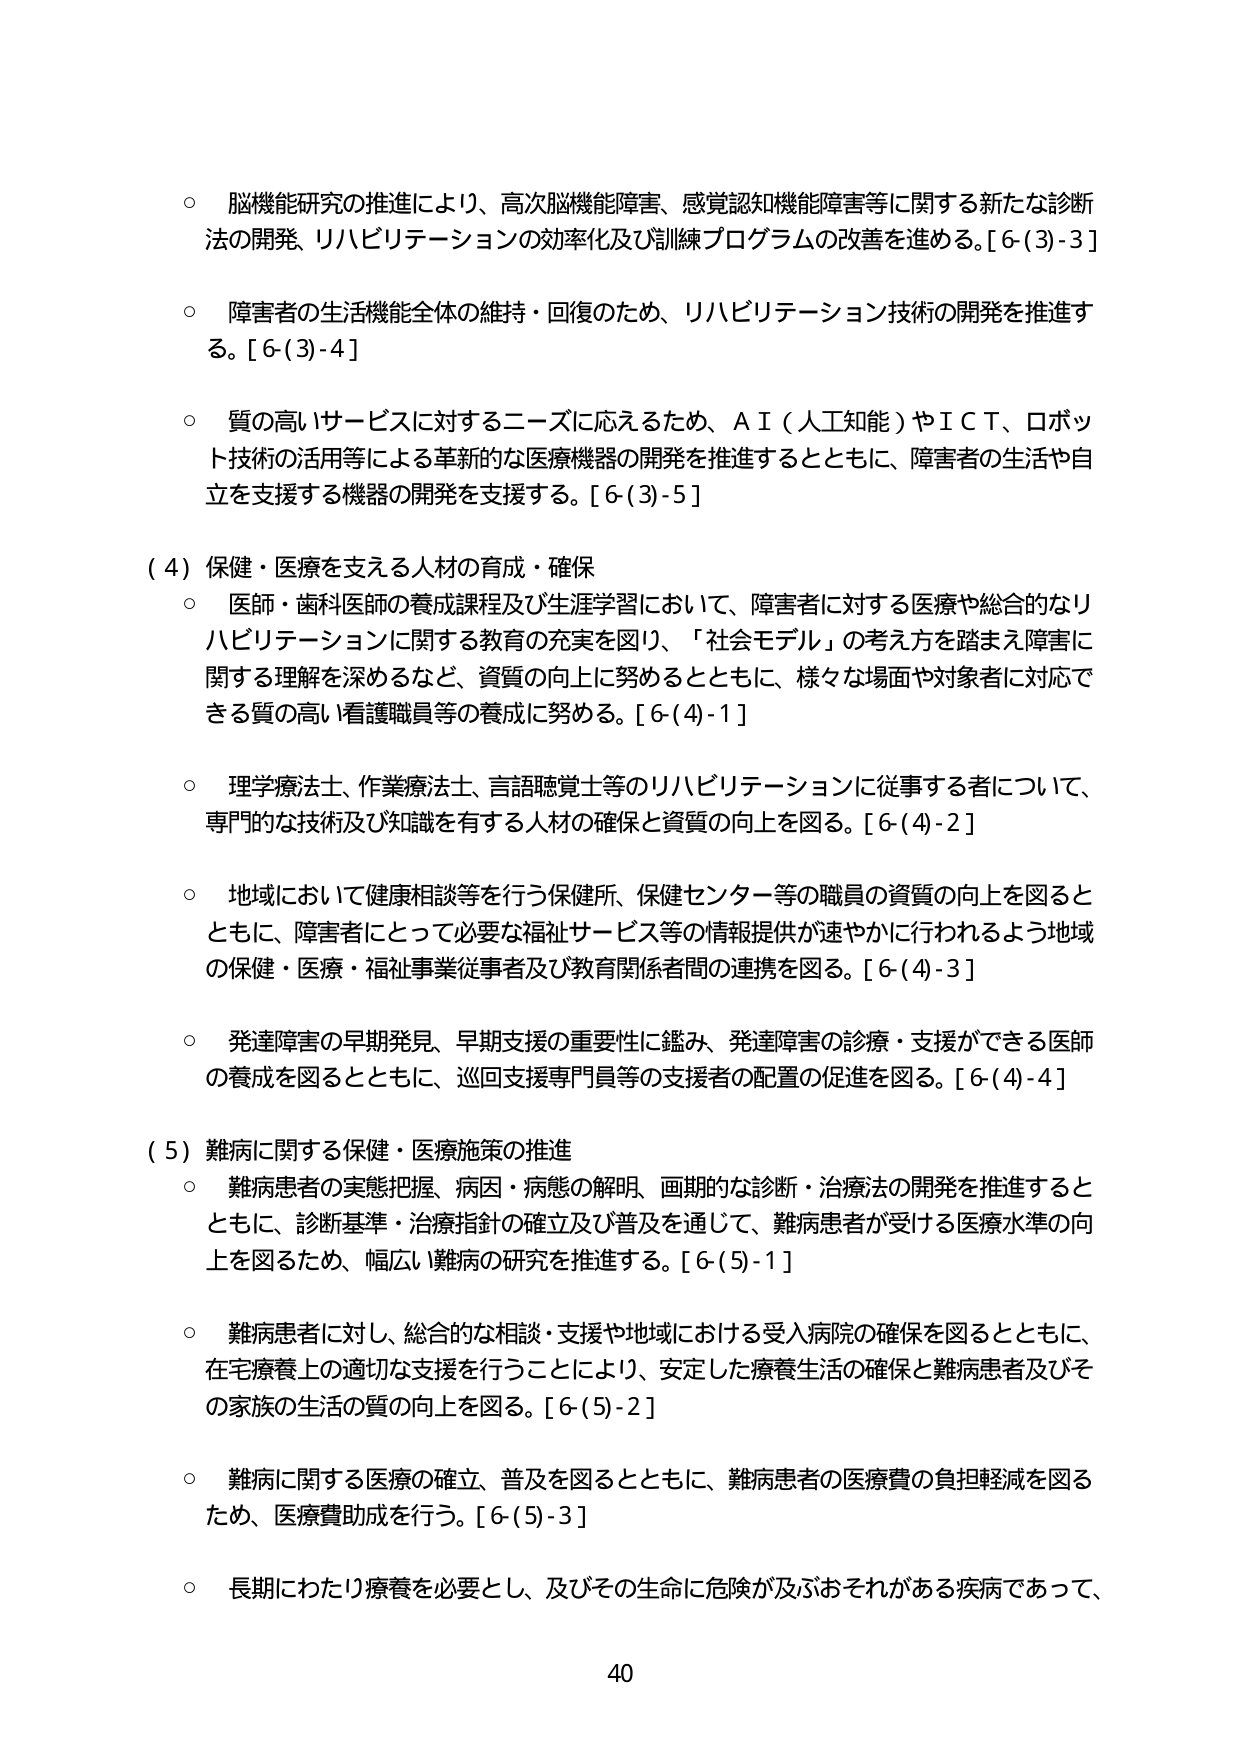
○ 脳機能研究の推進により、高次脳機能障害、感覚認知機能障害等に関する新たな診断法の開発、リハビリテーションの効率化及び訓練プログラムの改善を進める。[6-(3)-3]

○ 障害者の生活機能全体の維持・回復のため、リハビリテーション技術の開発を推進する。[6-(3)-4]

○ 質の高いサービスに対するニーズに応えるため、ＡＩ（人工知能）やＩＣＴ、ロボット技術の活用等による革新的な医療機器の開発を推進するとともに、障害者の生活や自立を支援する機器の開発を支援する。[6-(3)-5]

（4）保健・医療を支える人材の育成・確保

○ 医師・歯科医師の養成課程及び生涯学習において、障害者に対する医療や総合的なリハビリテーションに関する教育の充実を図り、「社会モデル」の考え方を踏まえ障害に関する理解を深めるなど、資質の向上に努めるとともに、様々な場面や対象者に対応できる質の高い看護職員等の養成に努める。[6-(4)-1]

○ 理学療法士、作業療法士、言語聴覚士等のリハビリテーションに従事する者について、専門的な技術及び知識を有する人材の確保と資質の向上を図る。[6-(4)-2]

○ 地域において健康相談等を行う保健所、保健センター等の職員の資質の向上を図るとともに、障害者にとって必要な福祉サービス等の情報提供が速やかに行われるよう地域の保健・医療・福祉事業従事者及び教育関係者間の連携を図る。[6-(4)-3]

○ 発達障害の早期発見、早期支援の重要性に鑑み、発達障害の診療・支援ができる医師の養成を図るとともに、巡回支援専門員等の支援者の配置の促進を図る。[6-(4)-4]

（5）難病に関する保健・医療施策の推進

○ 難病患者の実態把握、病因・病態の解明、画期的な診断・治療法の開発を推進するとともに、診断基準・治療指針の確立及び普及を通じて、難病患者が受ける医療水準の向上を図るため、幅広い難病の研究を推進する。[6-(5)-1]

○ 難病患者に対し、総合的な相談・支援や地域における受入病院の確保を図るとともに、在宅療養上の適切な支援を行うことにより、安定した療養生活の確保と難病患者及びその家族の生活の質の向上を図る。[6-(5)-2]

○ 難病に関する医療の確立、普及を図るとともに、難病患者の医療費の負担軽減を図るため、医療費助成を行う。[6-(5)-3]

○ 長期にわたり療養を必要とし、及びその生命に危険が及ぶおそれがある疾病であって、

40